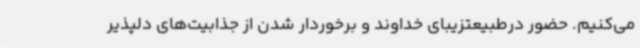
می‌کنیم. حضور درطبیعتزیبای خداوند و برخوردار شدن از جذابیت‌های دلپذیر